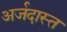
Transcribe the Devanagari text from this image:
अर्जदास्‍त